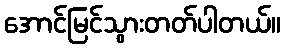
အောင်မြင်သွားတတ်ပါတယ်။